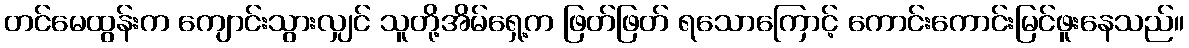
တင်မေထွန်းက ကျောင်းသွားလျှင် သူတို့အိမ်ရှေ့က ဖြတ်ဖြတ် ရသောကြောင့် ကောင်းကောင်းမြင်ဖူးနေသည်။